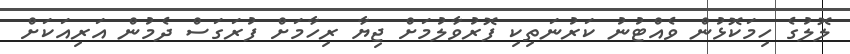
ލޮލުގެ ހިމަކޮޅުން ވެއްޓުނު ކަރުނަތިކި ފޮރުވާލުމަށް ޖިޔާ ރިހާމަށް ފުރަގަސް ދެމުން އަރިއަކަށް